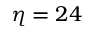
\eta = 2 4